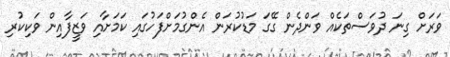
ވަރަށް ގިނަ ދުވަސްތަކެއް ވަންދެން ގޭގަ މަޑުކުރަން އެންގުމަށްފަހުގައި ކަމަށާއި ވަޒީފާއިން ވަކިކުރި